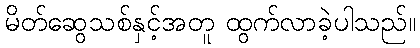
မိတ်ဆွေသစ်နှင့်အတူ ထွက်လာခဲ့ပါသည်။